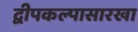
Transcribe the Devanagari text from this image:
द्वीपकल्पासारखा